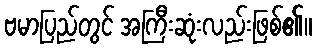
ဗမာပြည်တွင် အကြီးဆုံးလည်းဖြစ်၏။